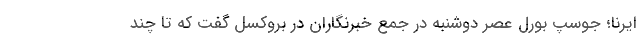
ایرنا؛ جوسپ بورل عصر دوشنبه در جمع خبرنگاران در بروکسل گفت که تا چند